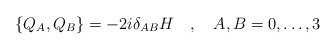
\begin{align*}\left\{ Q_A , Q_B \right\} = -2i\delta_{AB}H~~~,~~~A,B=0,\dots,3\end{align*}